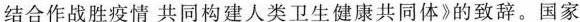
结合作战胜疫情共同构建人类卫生健康共同体》的致辞。国家